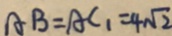
A B = A C _ { 1 } = 4 \sqrt { 2 }